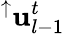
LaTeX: ^\uparrow\mathrm{\mathbf{u}}_{l-1}^{t}